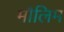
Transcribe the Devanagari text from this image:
मौलिम